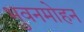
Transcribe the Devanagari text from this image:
भुवनमोहन